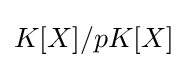
K[X]/pK[X]